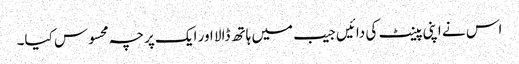
اس نے اپنی پینٹ کی دائیں جیب میں ہاتھ ڈالا اور ایک پرچہ محسوس کیا۔